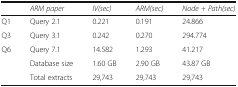
|  | ARM paper | IV(sec) | ARM(sec) | Node + Path(sec) |
 | --- | --- | --- | --- | --- |
 | Q1 | Query 2.1 | 0.221 | 0.191 | 24.866 |
 | Q3 | Query 3.1 | 0.242 | 0.270 | 294.774 |
 | Q6 | Query 7.1 | 14.582 | 1.293 | 41.217 |
 |  | Database size | 1.60 GB | 2.90 GB | 43.87 GB |
 |  | Total extracts | 29,743 | 29,743 | 29,743 |